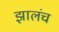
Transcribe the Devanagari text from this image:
झालंच